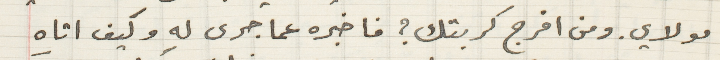
مولاي. ومن افرج كربتك؟ فاخبره عما جرى له وكيف اتاه